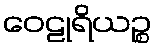
ဝေဠုရိယဉ္စ